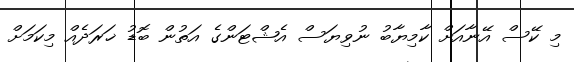
މި ކޭސް އޭނާއަށް ކާމިޔާބު ނުވިޔަސް އެޝްޓަންގެ އަތުން ބޮޑު ޚަރަދެއް މިކަމަށް